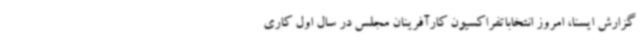
گزارش ایسنا، امروز انتخاباتفراکسیون کارآفرینان مجلس در سال اول کاری